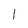
Character: 1